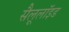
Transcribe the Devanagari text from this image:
सैलूलॉइड